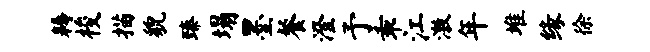
耨梭描貌臻塌墨餐澄予乖江激年堆缘徐